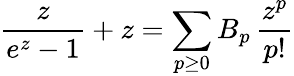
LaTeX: \frac{z}{e^{z}-1}+z=\sum_{p\geq 0}B_{p}\, \frac{z^{p}}{p!}